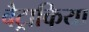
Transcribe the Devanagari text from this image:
बैट्राकिया